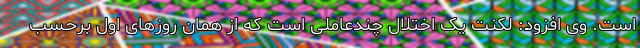
است. وی افزود: لکنت یک اختلال چندعاملی است که از همان روزهای اول برحسب